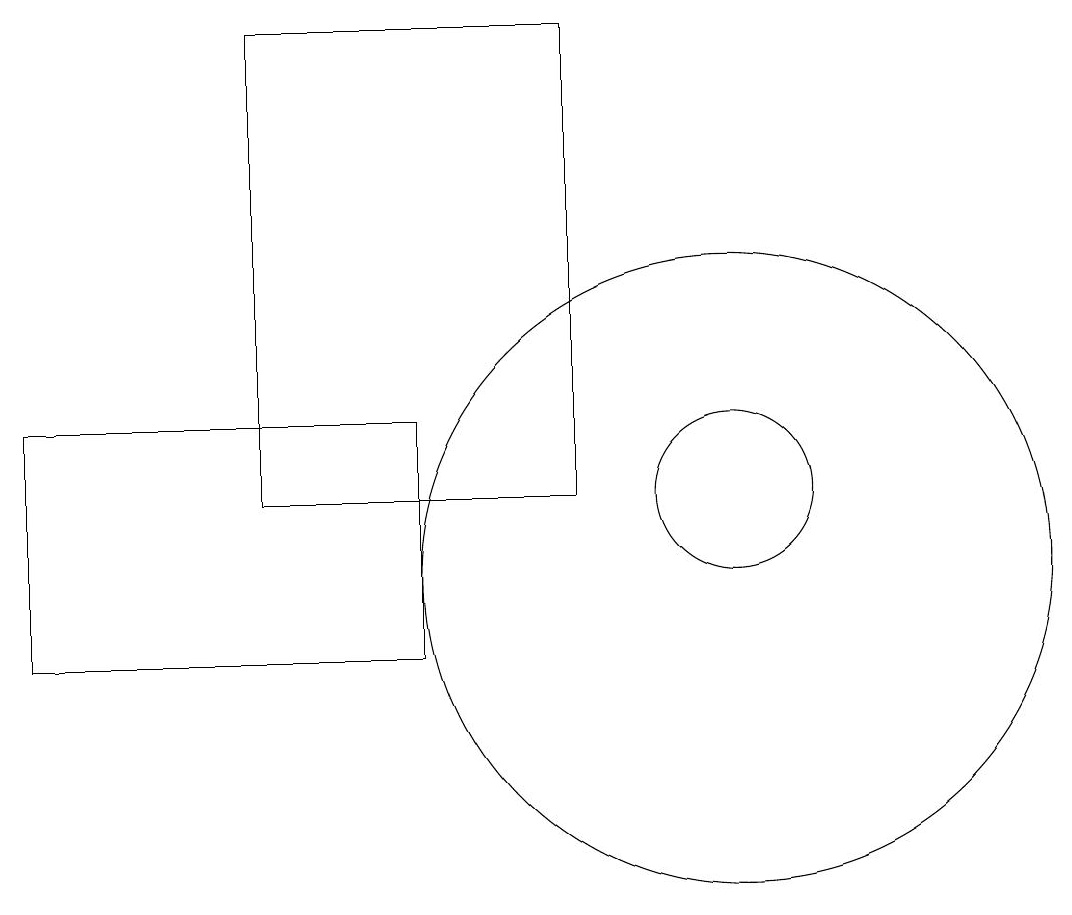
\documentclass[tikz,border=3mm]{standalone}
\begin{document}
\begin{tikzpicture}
\draw (5,14) rectangle (5,15);
\draw (11,11) circle (4);
\draw (2,10) rectangle (7,13);
\draw (11,12) circle (1);
\draw (9,12) rectangle (5,18);
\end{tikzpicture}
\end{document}